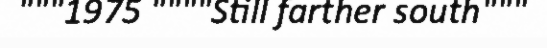
"""1975 """"Still farther south"""